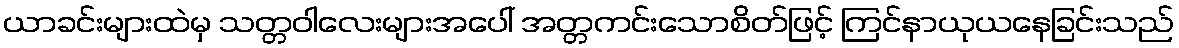
ယာခင်းများထဲမှ သတ္တဝါလေးများအပေါ် အတ္တကင်းသောစိတ်ဖြင့် ကြင်နာယုယနေခြင်းသည်